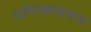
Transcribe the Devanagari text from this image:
चण्डिकाप्रसाद